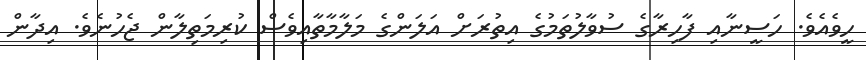
ހީވެއެވެ. ހަސީނާއި ފާހިރާގެ ސުވާލުތަމުގެ އިތުރަށް އަލަންގެ މަލާމާތާއިވެސް ކުރިމަތިލާން ޖެހުނެވެ. އިދާން